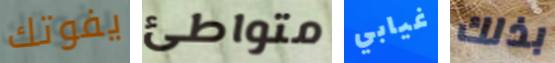
يفوتك متواطئ غيابي بذلك